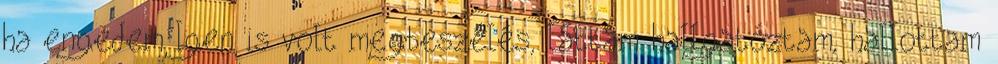
ha engedem Igen is volt megbeszélés, láttam hallgatóztam, hallottam